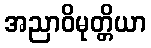
အညာဝိမုတ္တိယာ